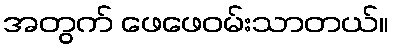
အတွက် ဖေဖေဝမ်းသာတယ်။